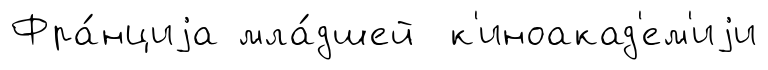
Фра́нциjа мла́дшей к'иноакад'ем'иjи